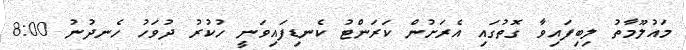
މައުލޫމާތު ލިބިފައިވާ ގޮތުގައި އެރަށުން ކަރަންޓު ކެނޑިފައިވަނީ ހުކުރު ދުވަހު ހެނދުނު 8:00